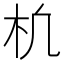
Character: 𣏆